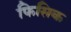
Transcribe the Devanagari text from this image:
फिसिक